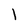
Character: l